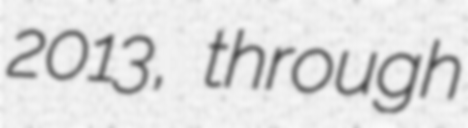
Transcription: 2013, through